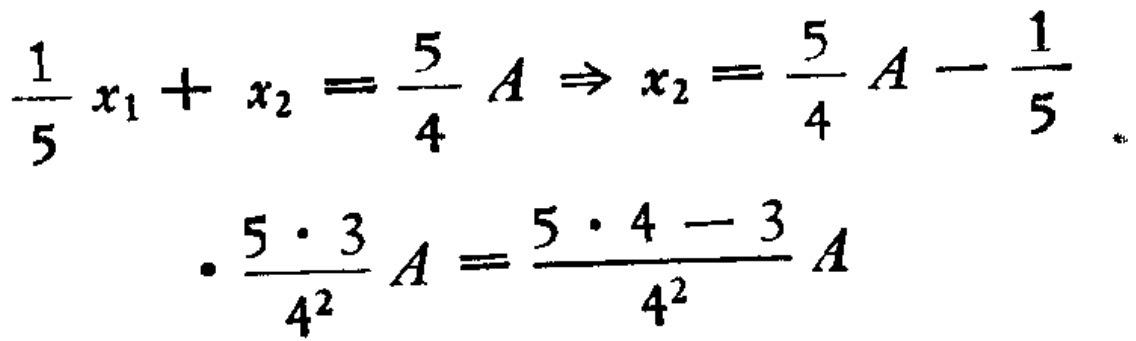
\(\frac{1}{5} x_{1}+x_{2}=\frac{5}{4} A \Rightarrow x_{2}=\frac{5}{4} A-\frac{1}{5}\)
\(\cdot \frac{5 \cdot 3}{4^{2}} A=\frac{5 \cdot 4-3}{4^{2}} A\)